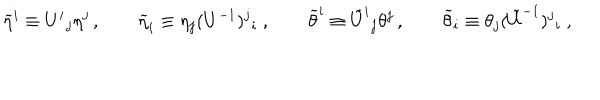
\widetilde { \eta } ^ { i } \equiv U ^ { i } { } _ { j } \eta ^ { j } \, , \qquad \widetilde { \eta } _ { i } \equiv \eta _ { j } ( U ^ { - 1 } ) ^ { j } { } _ { i } \ , \qquad \widetilde { \theta } ^ { i } \equiv \tilde { U } ^ { i } { } _ { j } \theta ^ { j } \, , \qquad \widetilde { \theta } _ { i } \equiv \theta _ { j } ( \tilde { U } ^ { - 1 } ) ^ { j } { } _ { i } \ ,